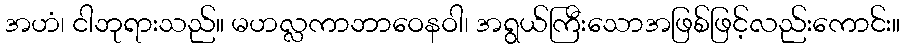
အဟံ၊ ငါဘုရားသည်။ မဟလ္လကာဘာဝေနဝါ၊ အရွယ်ကြီးသောအဖြစ်ဖြင့်လည်းကောင်း။